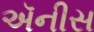
ઍનીસ